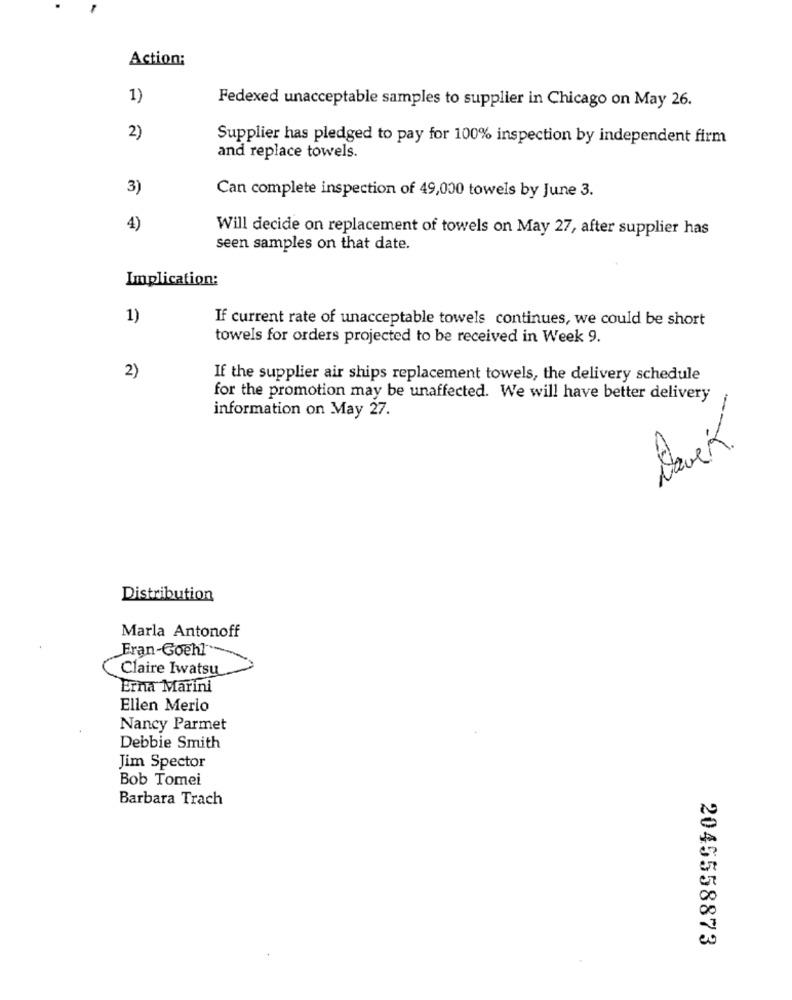
Action:
1)
Fedexed unacceptable samples to supplier in Chicago on May 26.
2)
Supplier has pledged to pay for 100% inspection by independent firm
and replace towels.
3)
Can complete inspection of 49,000 towels by June 3.
4)
Will decide on replacement of towels on May 27, after supplier has
seen samples on that date.
Implication:
1)
If current rate of unacceptable towels continues, we could be short
towels for orders projected to be received in Week 9.
2)
If the supplier air ships replacement towels, the delivery schedule
for the promotion may be unaffected. We will have better delivery
information on May 27.
Davek.
Distribution
Marla Antonoff
Eran-Goehl
Claire Iwatsu
Erna Marini
Ellen Merlo
Nancy Parmet
Debbie Smith
Jim Spector
Bob Tomei
Barbara Trach
2045558873